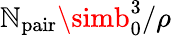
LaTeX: \mathbb{N}_{\mathrm{{pair}}}\simb_{0}^{3}/\rho